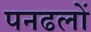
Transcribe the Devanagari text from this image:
पनढलों